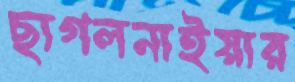
ছাগলনাইয়ার